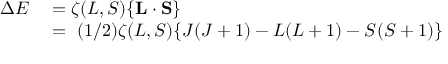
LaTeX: \begin{array} { r l } { \Delta E } & { { } = \zeta ( L , S ) \{ \mathbf { L } \cdot \mathbf { S } \} } \\ { \ } & { { } = \ ( 1 / 2 ) \zeta ( L , S ) \{ J ( J + 1 ) - L ( L + 1 ) - S ( S + 1 ) \} } \end{array}